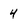
Character: 4